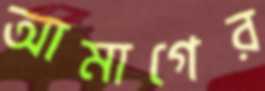
আমাগের